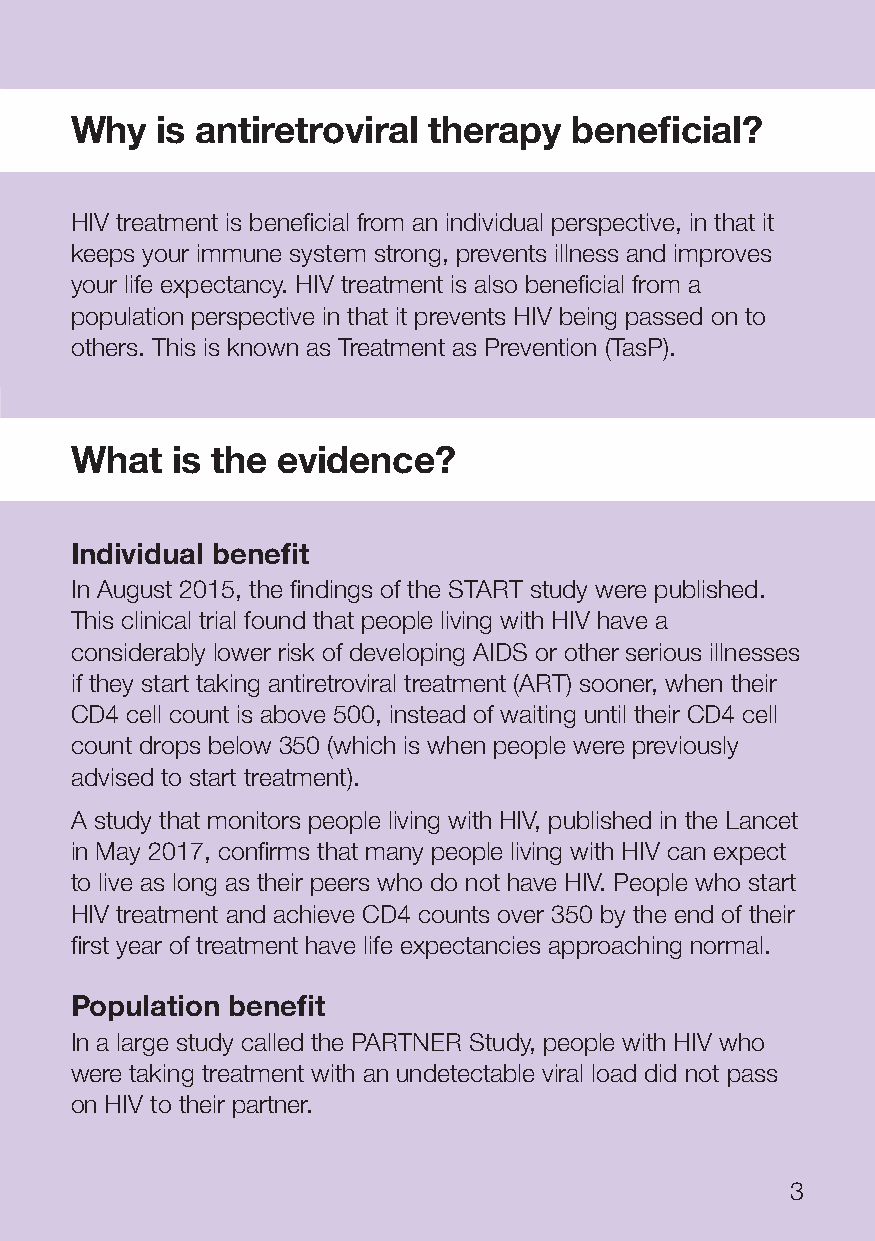
Why  is antiretroviral therapy   beneficial?
 HIV treatment is beneficial from an individual perspective, in that it
 keeps your immune system strong, prevents illness and improves
 your life expectancy. HIV treatment is also beneficial from a
 population perspective in that it prevents HIV being passed on to
 others. This is known as Treatment as Prevention (TasP).
 What is HIV treatment?
 What  is the evidence?
 Individual benefit
 In August 2015, the findings of the START study were published.
 This clinical trial found that people living with HIV have a
 considerably lower risk of developing AIDS or other serious illnesses
 if they start taking antiretroviral treatment (ART) sooner, when their
 CD4 cell count is above 500, instead of waiting until their CD4 cell
 count drops below 350 (which is when people were previously
 advised to start treatment).
 A study that monitors people living with HIV, published in the Lancet
 in May 2017, confirms that many people living with HIV can expect
 to live as long as their peers who do not have HIV. People who start
 HIV treatment and achieve CD4 counts over 350 by the end of their
 first year of treatment have life expectancies approaching normal.
 Population benefit
 In a large study called the PARTNER Study, people with HIV who
 were taking treatment with an undetectable viral load did not pass
 on HIV to their partner.
 3